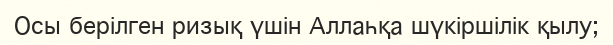
Осы берілген ризық үшін Аллаһқа шүкіршілік қылу;